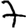
Digit: 7